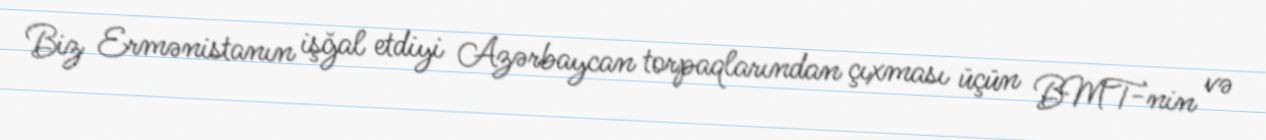
Biz Ermənistanın işğal etdiyi Azərbaycan torpaqlarından çıxması üçün BMT-nin və